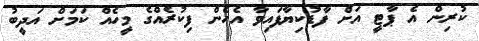
ކުރިން އެ ޕާޓީ އަށް ފާޑުކިޔާފައިވާ އެހެން ފިކުރެއްގެ މީހެއް ކަމަށް އަދީބު